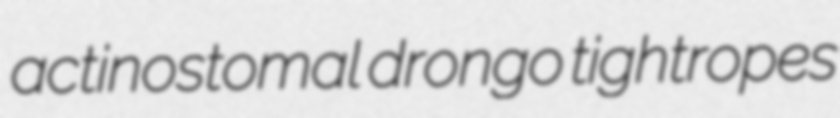
actinostomal drongo tightropes